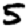
Digit: 5